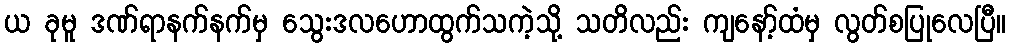
ယ ခုမူ ဒဏ်ရာနက်နက်မှ သွေးဒလဟောထွက်သကဲ့သို့ သတိလည်း ကျနော့်ထံမှ လွတ်စပြုလေပြီ။